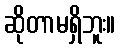
ဆိုတာမရှိဘူး။